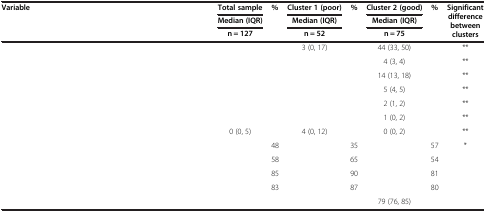
<table><thead><tr><td rowspan="3"><b>Variable</b></td><td><b>Total sample</b></td><td rowspan="3"><b>%</b></td><td><b>Cluster 1 (poor)</b></td><td rowspan="3"><b>%</b></td><td><b>Cluster 2 (good)</b></td><td rowspan="3"><b>%</b></td><td rowspan="3"><b>Significant difference between clusters</b></td></tr><tr><td><b>Median (IQR)</b></td><td><b>Median (IQR)</b></td><td><b>Median (IQR)</b></td></tr><tr><td><b>n = 127</b></td><td><b>n = 52</b></td><td><b>n = 75</b></td></tr></thead><tbody><tr><td>[EMPTY_CELL]</td><td>[EMPTY_CELL]</td><td>[EMPTY_CELL]</td><td>3 (0, 17)</td><td>[EMPTY_CELL]</td><td>44 (33, 50)</td><td>[EMPTY_CELL]</td><td>**</td></tr><tr><td>[EMPTY_CELL]</td><td>[EMPTY_CELL]</td><td>[EMPTY_CELL]</td><td>[EMPTY_CELL]</td><td>[EMPTY_CELL]</td><td>4 (3, 4)</td><td>[EMPTY_CELL]</td><td>**</td></tr><tr><td>[EMPTY_CELL]</td><td>[EMPTY_CELL]</td><td>[EMPTY_CELL]</td><td>[EMPTY_CELL]</td><td>[EMPTY_CELL]</td><td>14 (13, 18)</td><td>[EMPTY_CELL]</td><td>**</td></tr><tr><td>[EMPTY_CELL]</td><td>[EMPTY_CELL]</td><td>[EMPTY_CELL]</td><td>[EMPTY_CELL]</td><td>[EMPTY_CELL]</td><td>5 (4, 5)</td><td>[EMPTY_CELL]</td><td>**</td></tr><tr><td>[EMPTY_CELL]</td><td>[EMPTY_CELL]</td><td>[EMPTY_CELL]</td><td>[EMPTY_CELL]</td><td>[EMPTY_CELL]</td><td>2 (1, 2)</td><td>[EMPTY_CELL]</td><td>**</td></tr><tr><td>[EMPTY_CELL]</td><td>[EMPTY_CELL]</td><td>[EMPTY_CELL]</td><td>[EMPTY_CELL]</td><td>[EMPTY_CELL]</td><td>1 (0, 2)</td><td>[EMPTY_CELL]</td><td>**</td></tr><tr><td>[EMPTY_CELL]</td><td>0 (0, 5)</td><td>[EMPTY_CELL]</td><td>4 (0, 12)</td><td>[EMPTY_CELL]</td><td>0 (0, 2)</td><td>[EMPTY_CELL]</td><td>**</td></tr><tr><td>[EMPTY_CELL]</td><td>[EMPTY_CELL]</td><td>48</td><td>[EMPTY_CELL]</td><td>35</td><td>[EMPTY_CELL]</td><td>57</td><td>*</td></tr><tr><td>[EMPTY_CELL]</td><td>[EMPTY_CELL]</td><td>58</td><td>[EMPTY_CELL]</td><td>65</td><td>[EMPTY_CELL]</td><td>54</td><td>[EMPTY_CELL]</td></tr><tr><td>[EMPTY_CELL]</td><td>[EMPTY_CELL]</td><td>85</td><td>[EMPTY_CELL]</td><td>90</td><td>[EMPTY_CELL]</td><td>81</td><td>[EMPTY_CELL]</td></tr><tr><td>[EMPTY_CELL]</td><td>[EMPTY_CELL]</td><td>83</td><td>[EMPTY_CELL]</td><td>87</td><td>[EMPTY_CELL]</td><td>80</td><td>[EMPTY_CELL]</td></tr><tr><td>[EMPTY_CELL]</td><td>[EMPTY_CELL]</td><td>[EMPTY_CELL]</td><td>[EMPTY_CELL]</td><td>[EMPTY_CELL]</td><td>79 (76, 85)</td><td>[EMPTY_CELL]</td><td>[EMPTY_CELL]</td></tr></tbody></table>